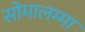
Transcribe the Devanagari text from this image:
सोमालम्मा